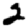
Digit: 2